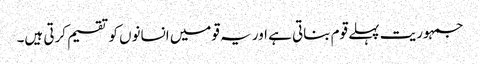
جمہوریت پہلے قوم بناتی ہے اور یہ قومیں انسانوں کو تقسیم کرتی ہیں۔